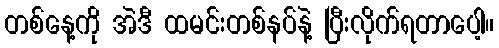
တစ်နေ့ကို အဲဒီ ထမင်းတစ်နပ်နဲ့ ပြီးလိုက်ရတာပေါ့။